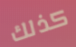
كذلك